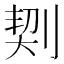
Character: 㓶